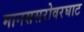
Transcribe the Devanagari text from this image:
मानससरोवरघाट